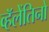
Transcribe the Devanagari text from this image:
व्हॅलेंतिनो